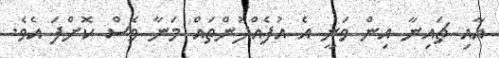
އާއި ޗައިނާ އިން ވަނީ އެ އުފެއްދުންތައް މަނާ ވެސް ކޮށްފަ އެވެ.